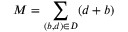
M = \sum _ { ( b , d ) \in D } ( d + b )